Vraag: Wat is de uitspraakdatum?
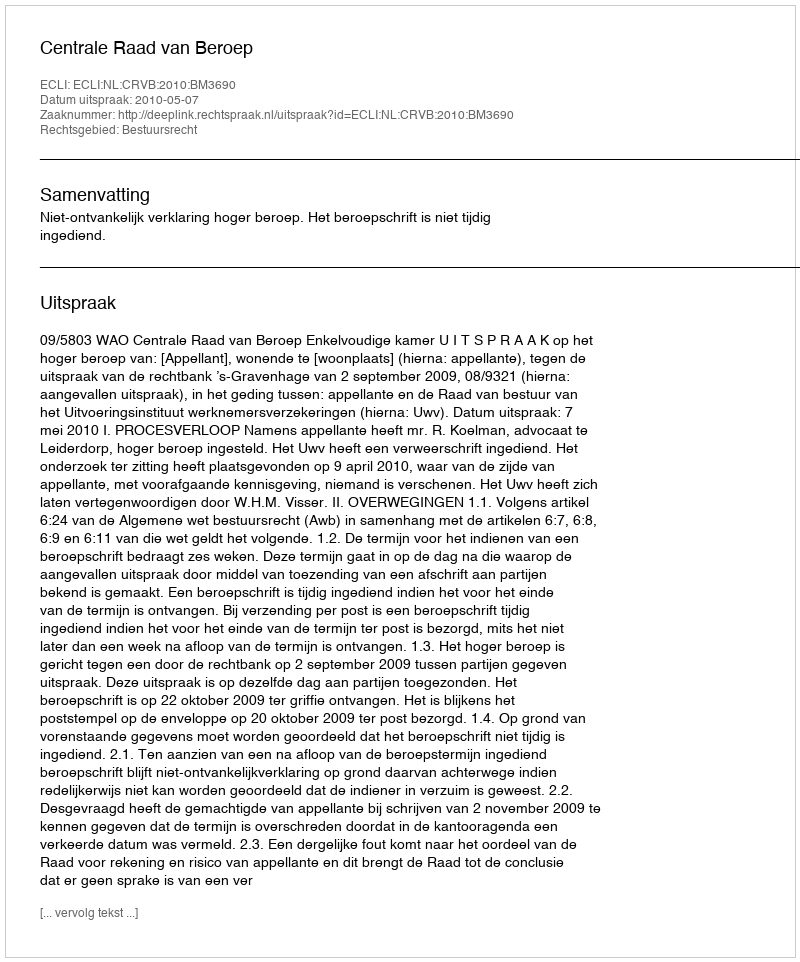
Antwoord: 2010-05-07